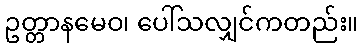
ဥတ္တာနမေဝ၊ ပေါ်သလျှင်ကတည်း။